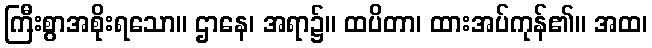
ကြီးစွာအစိုးရသော။ ဌာနေ၊ အရာ၌။ ထပိတာ၊ ထားအပ်ကုန်၏။ အထ၊